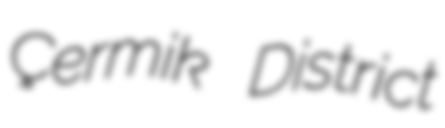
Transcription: Çermik District